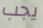
يجب